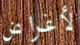
لأغراض